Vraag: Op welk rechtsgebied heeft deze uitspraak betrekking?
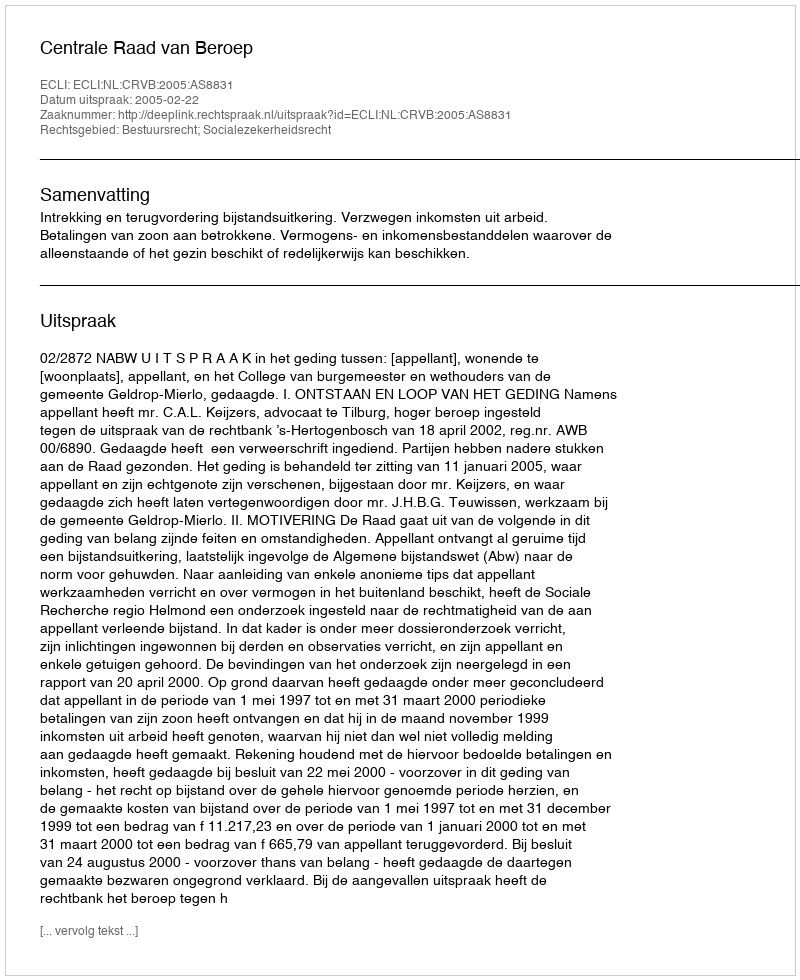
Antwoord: Bestuursrecht; Socialezekerheidsrecht